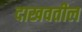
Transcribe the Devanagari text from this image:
दाखवतील